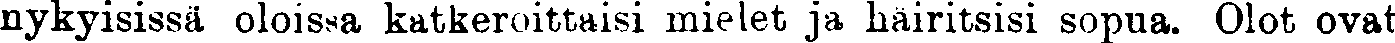
nykyisissä oloissa katkeroittaisi mielet ja häiritsisi sopua. Olot ovat